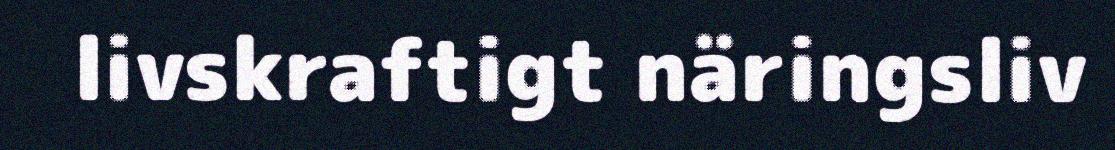
livskraftigt näringsliv